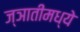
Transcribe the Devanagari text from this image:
ज्ञातीमध्ये